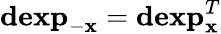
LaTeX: \mathbf{dexp}_{-\mathbf{x}}=\mathbf{dexp}_{\mathbf{x}}^{T}